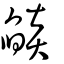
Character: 燄